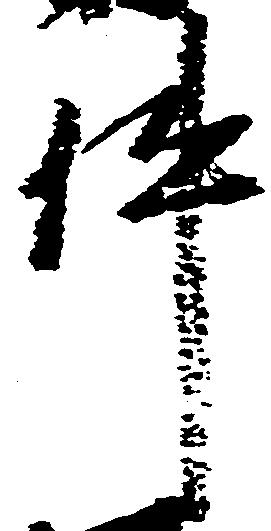
件